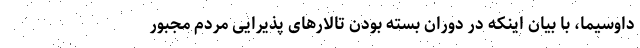
داوسیما، با بیان اینکه در دوران بسته بودن تالار‌های پذیرایی مردم مجبور